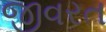
જીવરત